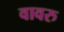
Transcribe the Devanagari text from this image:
वावरु